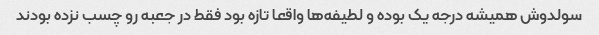
سولدوش همیشه درجه یک بوده و لطیفه‌ها واقعا تازه بود فقط در جعبه رو چسب نزده بودند